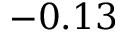
- 0 . 1 3